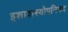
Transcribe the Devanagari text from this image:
इशावास्योपनिषद